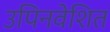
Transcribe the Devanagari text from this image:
उपिनवेशित